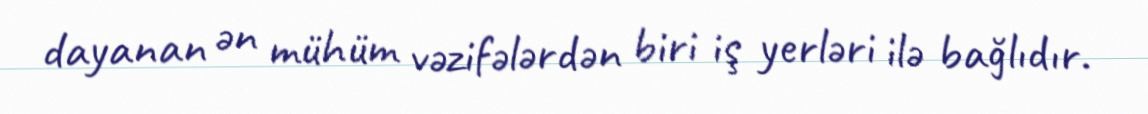
dayanan ən mühüm vəzifələrdən biri iş yerləri ilə bağlıdır.